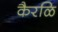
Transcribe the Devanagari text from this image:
कैरळि